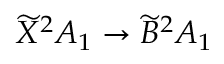
\widetilde { X } ^ { 2 } A _ { 1 } \rightarrow \widetilde { B } ^ { 2 } A _ { 1 }